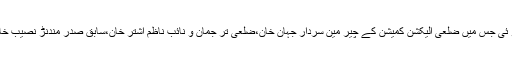
اس سلسلے میں ایک تقر یب شلمانی میں شیر اکبر باچا چیر مین یوسی ناواگئی کے حجر ے میں منعقد ہو ئی جس میں ضلعی الیکشن کمیشن کے چیر مین سردار جہان خان،ضلعی تر جمان و نائب ناظم اشتر خان،سابق صدر مندنڑ نصیب خان اور پانچوں یونین کونسلوں کے نگر ان کمیٹیوں کے چیر مینوں اور جنرل سیکرٹریز نے شر کت کی ۔